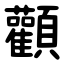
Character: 顴